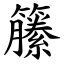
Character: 籘